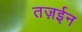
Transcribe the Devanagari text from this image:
तज़ईन